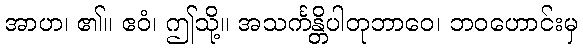
အာဟ၊ ၏။ ဧဝံ၊ ဤသို့။ အသင်္ကန္တိပါတုဘာဝေ၊ ဘဝဟောင်းမှ